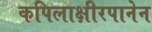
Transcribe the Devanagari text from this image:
कपिलाक्षीरपानेन